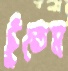
ছুঁতেম